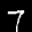
Label: 7